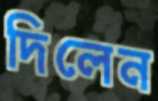
দিলেন